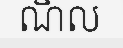
ណិល